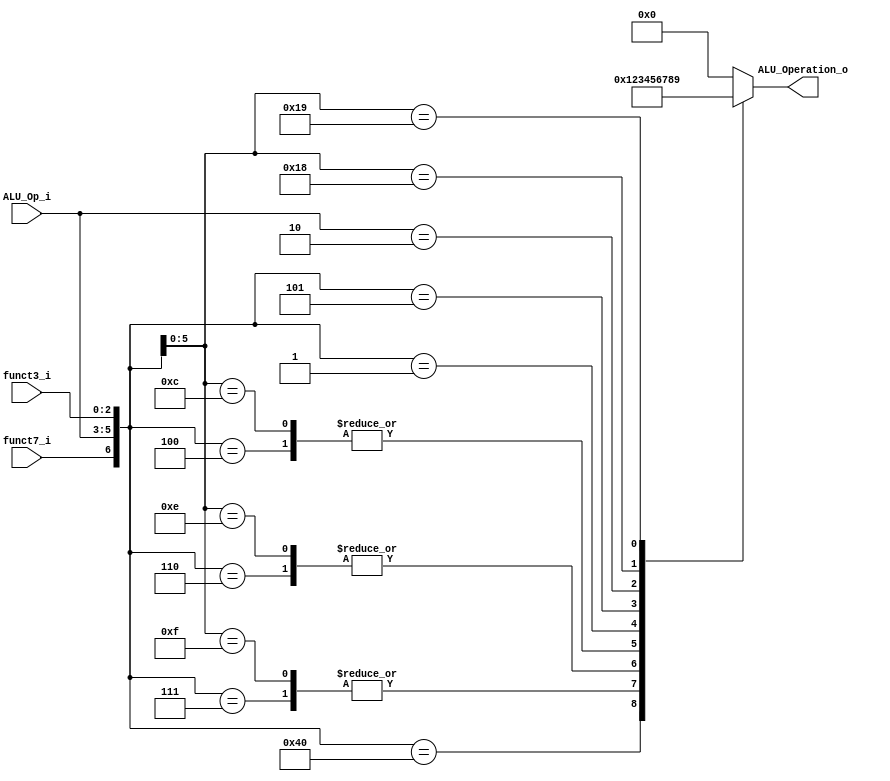
/******************************************************************
* Description
*	This is the control unit for the ALU. It receves a signal called 
*	ALUOp from the control unit and signals called funct7 and funct3  from
*	the instruction bus.
* Version:
*	1.0
* Author:
*	Dr. Jos Luis Pizano Escalante
* email:
*	luispizano@iteso.mx
* Date:
*	16/08/2021
******************************************************************/
module ALU_Control
(
	input funct7_i, 
	input [2:0] ALU_Op_i,
	input [2:0] funct3_i,
	

	output [3:0] ALU_Operation_o

);

localparam R_Type_ADD  		= 7'b0_000_000;  
localparam R_Type_SUB  		= 7'b1_000_000;
localparam R_Type_AND  		= 7'b0_000_111;
localparam R_Type_OR   		= 7'b0_000_110;
localparam R_Type_XOR  		= 7'b0_000_100;
localparam R_Type_SLL  		= 7'b0_000_001;
localparam R_Type_SRL  		= 7'b0_000_101;

localparam I_Type_ADDI		= 7'bx_001_000;
localparam I_Type_ANDI 		= 7'bx_001_111;
localparam I_Type_ORI  		= 7'bx_001_110;
localparam I_Type_XORI 		= 7'bx_001_100;

localparam U_Type_LUI 		= 7'bx_010_xxx;

localparam B_Type_BEQ  		= 7'bx_011_000;
localparam B_Type_BNE  		= 7'bx_011_001;


localparam S_Type_SW   		= 7'bx_100_010;

localparam I_Type_Load_LW  = 7'bx_101_010;

localparam J_Type_JAL      = 7'bx_110_xxx;

localparam I_Type_Jump_JALR= 7'bx_111_000;



reg [3:0] alu_control_values;
wire [6:0] selector;

assign selector = {funct7_i, ALU_Op_i, funct3_i};

always@(selector)begin
	casex(selector)
		R_Type_SUB:			alu_control_values = 4'b00_01;

		R_Type_ADD: 		alu_control_values = 4'b00_00;
		I_Type_ADDI:		alu_control_values = 4'b00_00;
		
		R_Type_AND:			alu_control_values = 4'b00_10;
		I_Type_ANDI:		alu_control_values = 4'b00_10;
		
		R_Type_OR:			alu_control_values = 4'b00_11;
		I_Type_ORI:	   	alu_control_values = 4'b00_11;
		
		R_Type_XOR:			alu_control_values = 4'b01_00;
		I_Type_XORI:		alu_control_values = 4'b01_00;
		
		R_Type_SLL:			alu_control_values = 4'b01_01;
		
		R_Type_SRL:			alu_control_values = 4'b01_10;
		
		U_Type_LUI:			alu_control_values = 4'b01_11;
		
		B_Type_BEQ:			alu_control_values = 4'b10_00;
		
		B_Type_BNE:			alu_control_values = 4'b10_01;
		
		I_Type_Load_LW:	alu_control_values = 4'b00_00;
		
		S_Type_SW:			alu_control_values = 4'b00_00;
		
		J_Type_JAL:			alu_control_values = 4'b00_00;
		
		I_Type_Jump_JALR: alu_control_values = 4'b00_00;
		
		
		
		
		default: alu_control_values = 4'b00_00;
	endcase
end


assign ALU_Operation_o = alu_control_values;



endmodule